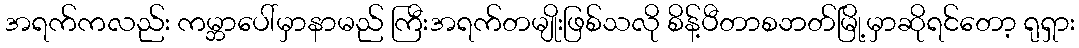
အရက်ကလည်း ကမ္ဘာပေါ်မှာနာမည် ကြီးအရက်တမျိုးဖြစ်သလို စိန့်ပီတာစဘတ်မြို့မှာဆိုရင်တော့ ရုရှား